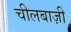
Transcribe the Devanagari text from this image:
चीलबाज़ी